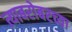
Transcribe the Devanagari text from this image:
त्याबरोबरच्या